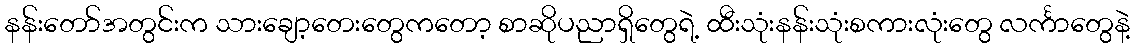
နန်းတော်အတွင်းက သားချော့တေးတွေကတော့ စာဆိုပညာရှိတွေရဲ့ ထီးသုံးနန်းသုံးစကားလုံးတွေ လင်္ကာတွေနဲ့